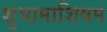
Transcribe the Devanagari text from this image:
शुभामाशिषम